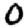
Digit: 0